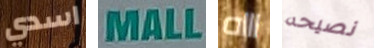
اسدي MALL اااه نصيحه